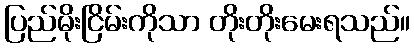
ပြည်မိုးငြိမ်းကိုသာ တိုးတိုးမေးရသည်။